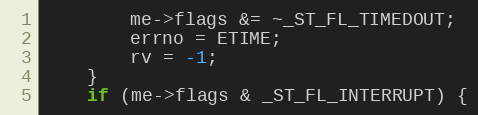
Language: C
        me->flags &= ~_ST_FL_TIMEDOUT;
        errno = ETIME;
        rv = -1;
    }
    if (me->flags & _ST_FL_INTERRUPT) {